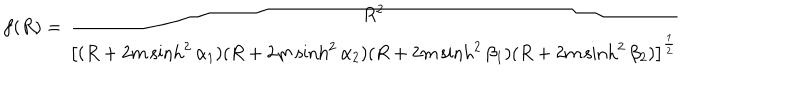
f ( R ) = \frac { R ^ { 2 } } { \left[ ( R + 2 m \sinh ^ { 2 } \alpha _ { 1 } ) ( R + 2 m \sinh ^ { 2 } \alpha _ { 2 } ) ( R + 2 m \sinh ^ { 2 } \beta _ { 1 } ) ( R + 2 m \sinh ^ { 2 } \beta _ { 2 } ) \right] ^ { \frac 1 2 } }